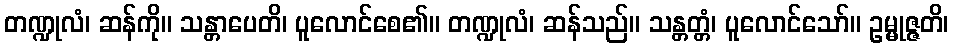
တဏ္ဍုလံ၊ ဆန်ကို။ သန္တာပေတိ၊ ပူလောင်စေ၏။ တဏ္ဍုလံ၊ ဆန်သည်။ သန္တတ္တံ၊ ပူလောင်သော်။ ဥမ္မုဇ္ဇတိ၊